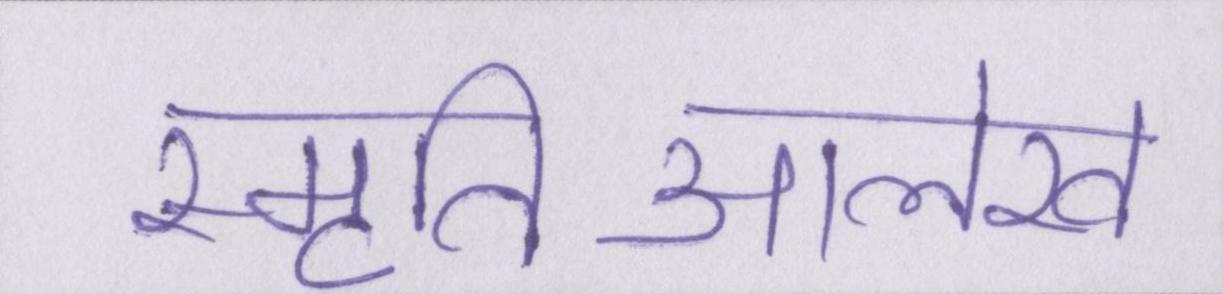
स्मृतिआलेख